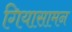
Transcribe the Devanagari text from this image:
गियासामन